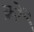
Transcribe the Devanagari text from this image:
क्रों